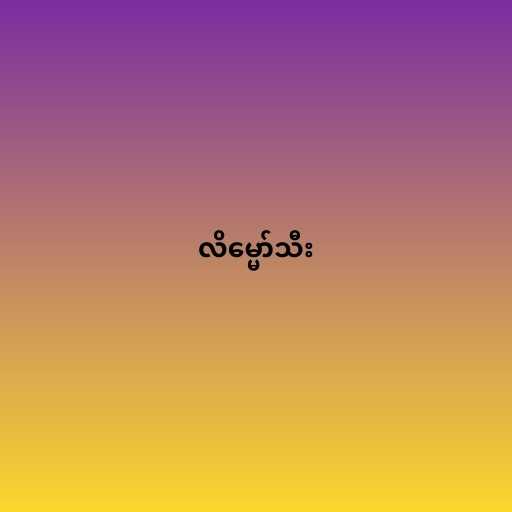
လိမ္မော်သီး